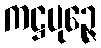
ကဋ္ဌပုဉ္ဇေ